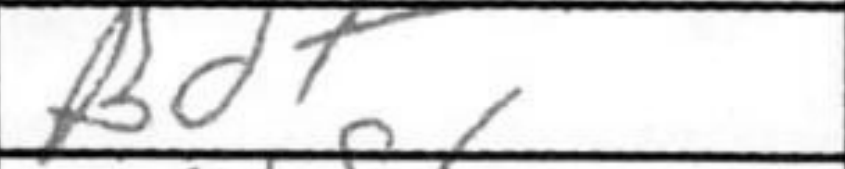
Transcription: Bd7